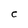
Character: c